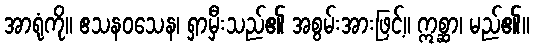
အာရုံကို။ ဧသနဝသေန၊ ရှာမှီးသည်၏ အစွမ်းအားဖြင့်။ ဣစ္ဆာ၊ မည်၏။